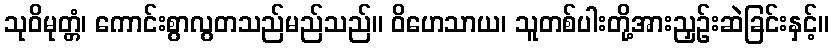
သုဝိမုတ္တံ၊ ကောင်းစွာလွတသည်မည်သည်။ ဝိဟေသာယ၊ သူတစ်ပါးတို့အားညှဉ်းဆဲခြင်းနှင့်။